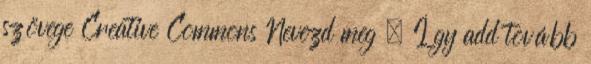
szövege Creative Commons Nevezd meg – Így add tovább